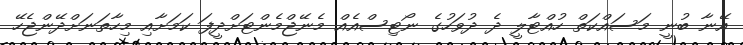
އޭނާ ބުނީ މަސައްކަތް ހުއްޓާލީ ދެ ދުވަހުގެ ނޯޓިސްއެއް މެނޭޖްމެންޓަށްދީފަ ކަމަށާއި މިހާތަނަށްދޭންޖެހޭ